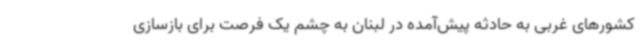
کشورهای غربی به حادثه پیش‌آمده در لبنان به چشم یک فرصت برای بازسازی